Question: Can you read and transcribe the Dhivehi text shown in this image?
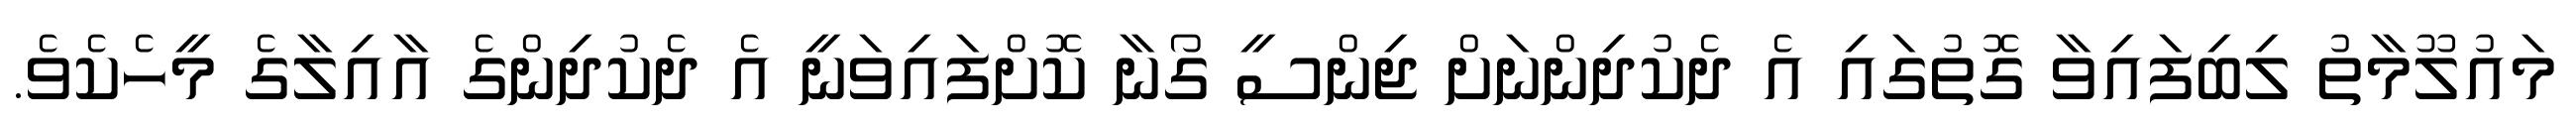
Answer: މައުލޫމާތު ލިބިފައިވާ ގޮތުގައި އެ ދެކުދިންނަށް ޖިންސީ ގޯނާ ކޮށްފައިވަނީ އެ ދެކުދިންގެ އާއިލާގެ މީހެކެވެ.